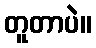
တူတာပဲ။